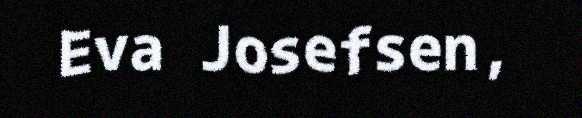
Eva Josefsen,